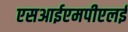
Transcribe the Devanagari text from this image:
एसआईएमपीएलई